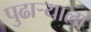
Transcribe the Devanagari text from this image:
पुढाऱ्याला